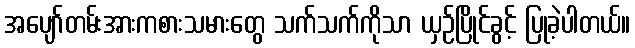
အပျော်တမ်းအားကစားသမားတွေ သက်သက်ကိုသာ ယှဉ်ပြိုင်ခွင့် ပြုခဲ့ပါတယ်။